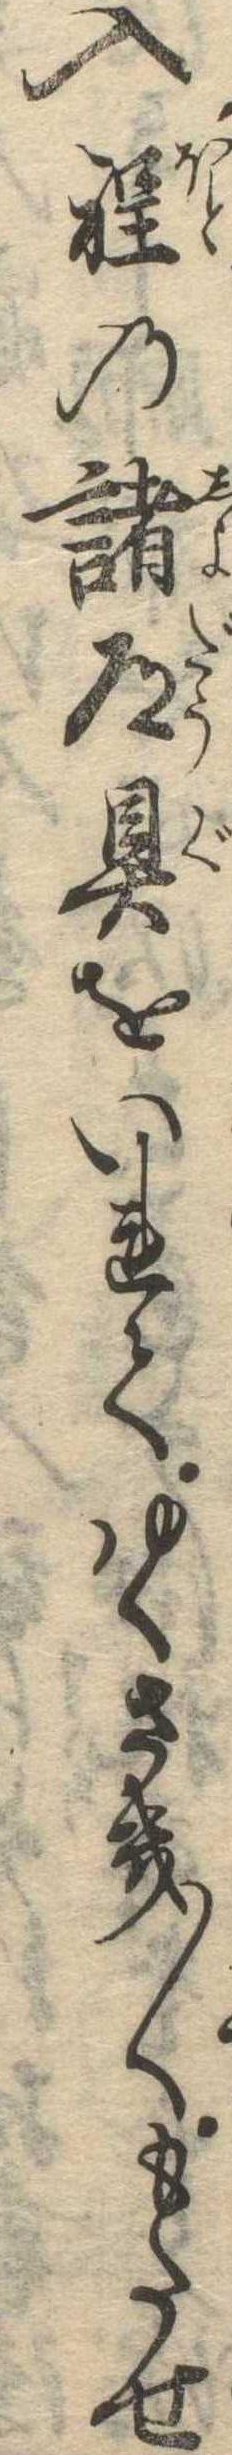
入程の諸道具をいれてゆくさき〱もたせ